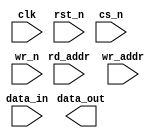
////////////////////////////////////////////////////////////////////////////////
//
//       This confidential and proprietary software may be used only
//     as authorized by a licensing agreement from Synopsys Inc.
//     In the event of publication, the following notice is applicable:
//
//                    (C) COPYRIGHT 1999 - 2016 SYNOPSYS INC.
//                           ALL RIGHTS RESERVED
//
//       The entire notice above must be reproduced on all authorized
//     copies.
//
//
// VERSION:   DW_ram_r_w_s_dff Verilog Simulation Model
//
// DesignWare_version: 452bace2
// DesignWare_release: K-2015.06-DWBB_201506.5.2
//
////////////////////////////////////////////////////////////////////////////////
//----------------------------------------------------------------------
// ABSTRACT:  Synch Write, Asynch Read RAM (Flip-Flop Based)
//            (flip flop memory array)
//            legal range:  depth        [ 2 to 2048 ]
//            legal range:  data_width   [ 1 to 1024 ]
//            Input data: data_in[data_width-1:0]
//            Output data : data_out[data_width-1:0]
//            Read Address: rd_addr[addr_width-1:0]
//            Write Address: wr_addr[addr_width-1:0]
//            write enable (active low): wr_n
//            chip select (active low): cs_n
//            reset (active low): rst_n
//            clock:clk
//
//	MODIFIED:
//		09/22/99  Jay Zhu   Rewrote for STAR91151
//              10/18/00  RPH       Rewrote accoding to new guidelines 
//                                  STAR 111067 
//              05/25/01  RJK       Rewritten again
//              2/18/09   RJK       Corrected default value for rst_mode
//				    STAR 9000294457
//              9/10/14   RJK       Eliminated common async and sync reset coding
//				    style to support VCS NLP
//              5/03/15   RJK       Eliminated "next state evaluation in seq block"
//				    coding style to support VCS NLP
//----------------------------------------------------------------------

  module DW_ram_r_w_s_dff (clk, rst_n, cs_n, wr_n, rd_addr, wr_addr, data_in, 
			   data_out);

   parameter data_width = 4;
   parameter depth = 8;
   parameter rst_mode = 1;
   
   
`define DW_addr_width ((depth>256)?((depth>4096)?((depth>16384)?((depth>32768)?16:15):((depth>8192)?14:13)):((depth>1024)?((depth>2048)?12:11):((depth>512)?10:9))):((depth>16)?((depth>64)?((depth>128)?8:7):((depth>32)?6:5)):((depth>4)?((depth>8)?4:3):((depth>2)?2:1))))

   input [data_width-1:0] data_in;
   input [`DW_addr_width-1:0] rd_addr;
   input [`DW_addr_width-1:0] wr_addr;
   input 		   wr_n;
   input 		   rst_n;
   input 		   cs_n;
   input 		   clk;

   output [data_width-1:0] data_out;

// synopsys translate_off
   wire [data_width-1:0]   data_in;
   reg [depth*data_width-1:0]    next_mem;
   reg [depth*data_width-1:0]    mem;
  wire [depth*data_width-1:0]    mem_mux;
   
   
  
 
  initial begin : parameter_check
    integer param_err_flg;

    param_err_flg = 0;
    
	    
  
    if ( (data_width < 1) || (data_width > 2048) ) begin
      param_err_flg = 1;
      $display(
	"ERROR: %m :\n  Invalid value (%d) for parameter data_width (legal range: 1 to 2048)",
	data_width );
    end
  
    if ( (depth < 2) || (depth > 1024 ) ) begin
      param_err_flg = 1;
      $display(
	"ERROR: %m :\n  Invalid value (%d) for parameter depth (legal range: 2 to 1024 )",
	depth );
    end
  
    if ( (rst_mode < 0) || (rst_mode > 1 ) ) begin
      param_err_flg = 1;
      $display(
	"ERROR: %m :\n  Invalid value (%d) for parameter rst_mode (legal range: 0 to 1 )",
	rst_mode );
    end

  
    if ( param_err_flg == 1) begin
      $display(
        "%m :\n  Simulation aborted due to invalid parameter value(s)");
      $finish;
    end

  end // parameter_check 

   
   assign mem_mux = mem >> (rd_addr * data_width);

   assign data_out = ((rd_addr ^ rd_addr) !== {`DW_addr_width{1'b0}})? {data_width{1'bx}} : (
				(rd_addr >= depth)? {data_width{1'b0}} :
				   mem_mux[data_width-1 : 0] );
   
   always @ * begin : next_mem_PROC
      integer i, j;
   
      next_mem = mem;

      if ((cs_n | wr_n) !== 1'b1) begin
      
	 if ((wr_addr ^ wr_addr) !== {`DW_addr_width{1'b0}}) begin
	    next_mem = {depth*data_width{1'bx}};	

	 end else begin
         
	    if ((wr_addr < depth) && ((wr_n | cs_n) !== 1'b1)) begin
	       for (i=0 ; i < data_width ; i=i+1) begin
		  j = wr_addr*data_width + i;
		  next_mem[j] = ((wr_n | cs_n) == 1'b0)? data_in[i] | 1'b0
					: mem[j];
	       end // for
	    end // if
	 end // if-else
      end // if
   end
  
generate
 if (rst_mode == 0) begin : GEN_RM_EQ_0
   always @ (posedge clk or negedge rst_n) begin : ar_registers_PROC
      integer i, j;
      
      if (rst_n === 1'b0) begin
         mem <= {depth*data_width{1'b0}};
      end else begin
         if ( rst_n === 1'b1) begin
	    mem <= next_mem;
	 end else begin
	    mem <= {depth*data_width{1'bX}};
	 end
      end
   end // ar_registers
 end else begin : GEN_RM_NE_0
   always @ (posedge clk) begin : sr_registers_PROC
      if (rst_n === 1'b0) begin
         mem <= {depth*data_width{1'b0}};
      end else begin
         if ( rst_n === 1'b1) begin
	    mem <= next_mem;
	 end else begin
	    mem <= {depth*data_width{1'bX}};
	 end
      end
   end // sr_registers
 end
endgenerate

    
  always @ (clk) begin : clk_monitor 
    if ( (clk !== 1'b0) && (clk !== 1'b1) && ($time > 0) )
      $display( "WARNING: %m :\n  at time = %t, detected unknown value, %b, on clk input.",
                $time, clk );
    end // clk_monitor 

// synopsys translate_on
`undef DW_addr_width 
endmodule // DW_ram_r_w_s_dff